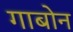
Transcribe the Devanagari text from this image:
गाबोन